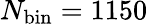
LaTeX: N_{\mathrm{bin}}=1150